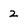
Character: 2